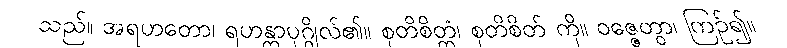
သည်။ အရဟတော၊ ရဟန္တာပုဂ္ဂိုလ်၏။ စုတိစိတ္တံ၊ စုတိစိတ် ကို။ ဝဇ္ဇေတွာ၊ ကြဉ်၍။